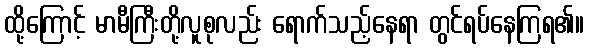
ထို့ကြောင့် မာမီကြီးတို့လူစုလည်း ရောက်သည့်နေရာ တွင်ရပ်နေကြရ၏။